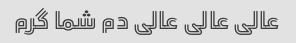
عالی عالی عالی دم شما گرم